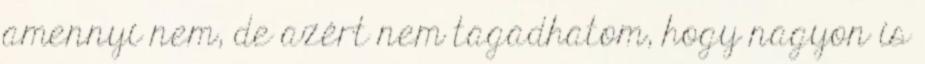
amennyi nem, de azért nem tagadhatom, hogy nagyon is